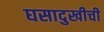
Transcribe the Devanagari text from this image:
घसादुखीची